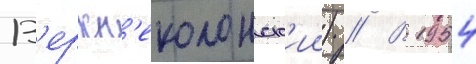
В'ерхн'еколонск'ии) // В 1954